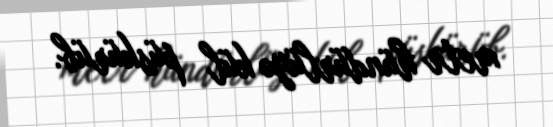
metr hündürlüyə kül püskürüb.